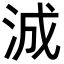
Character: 𬇠